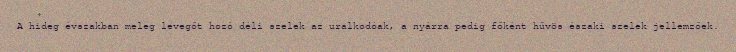
A hideg évszakban meleg levegőt hozó déli szelek az uralkodóak, a nyárra pedig főként hűvös északi szelek jellemzőek.